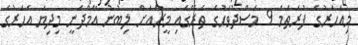
މިއަހަރުގެ ފުރަތަމަ 9 މަސްދުވަހުގެ ތެރޭގައި މީރާއަށް ލިބުނު އާމްދަނީ މިދިޔަ އަހަރުގެ